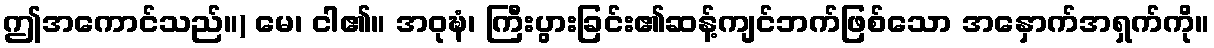
ဤအကောင်သည်။) မေ၊ ငါ၏။ အဝုဍ္ဎံ၊ ကြီးပွားခြင်း၏ဆန့်ကျင်ဘက်ဖြစ်သော အနှောက်အရှက်ကို။